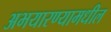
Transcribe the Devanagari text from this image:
अभयारण्यामधील